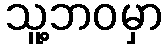
သူ့ဘဝမှာ